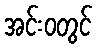
အင်းဝတွင်